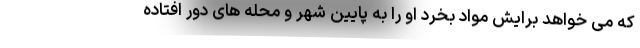
که می خواهد برایش مواد بخرد او را به پایین شهر و محله های دور افتاده